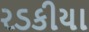
રડકીયા